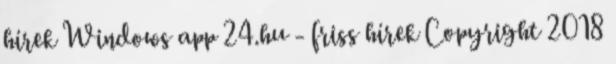
hírek Windows app 24.hu - friss hírek Copyright 2018